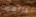
بالموت